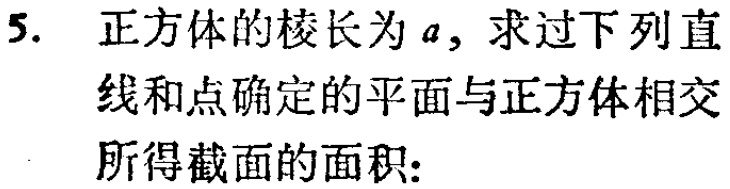
5. 正方体的棱长为\(a\)，求过下列直线和点确定的平面与正方体相交所得截面的面积：